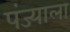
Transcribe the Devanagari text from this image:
पंज्याला